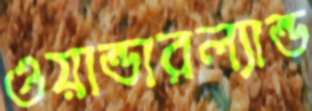
ওয়ান্ডারল্যান্ড